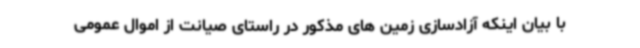
با بیان اینکه آزادسازی زمین های مذکور در راستای صیانت از اموال عمومی